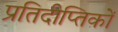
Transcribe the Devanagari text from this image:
प्रतिदीप्तिकों